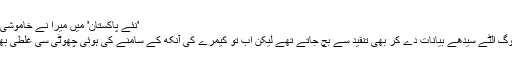
'نئے پاکستان' میں میرا نے خاموشی اختیار کر رکھی ہے اور شیخ صاحب وزیر بن چکے ہیں
پہلے پہل سوشل میڈیا کا استعمال کم ہونے کی وجہ سے لوگ الٹے سیدھے بیانات دے کر بھی تنقید سے بچ جاتے تھے لیکن اب تو کیمرے کی آنکھ کے سامنے کی ہوئی چھوٹی سی غلطی بھی جنگل میں آگ کی طرح انٹرنیٹ پر وائرل ہو جاتی ہے۔